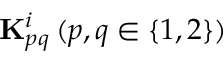
\mathbf { K } _ { p q } ^ { i } \, ( p , q \in \{ 1 , 2 \} )